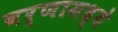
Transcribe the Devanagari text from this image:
वर्णामध्ये